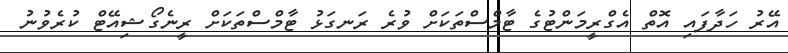
އޭރު ހަދާފައި އޮތް އެގްރީމަންޓުގެ ޓާމްސްތަކަށް ވުރެ ރަނގަޅު ޓާމްސްތަކަށް ރީނެގޯޝިއޭޓް ކުރެވުނު